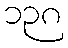
၁၃၈